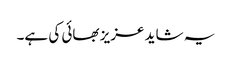
یہ شاید عزیز بھائی کی ہے۔